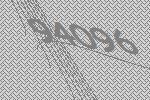
94096